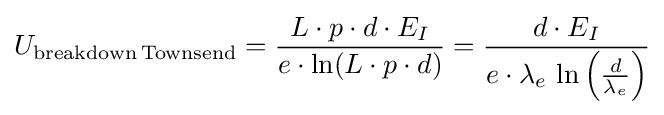
U_{\mathrm {breakdown\,Townsend} }={\frac {L\cdot p\cdot d\cdot E_{I}}{e\cdot \ln(L\cdot p\cdot d)}}={\frac {d\cdot E_{I}}{e\cdot \lambda _{e}\,\ln \left({\frac {d}{\lambda _{e}}}\right)}}